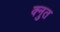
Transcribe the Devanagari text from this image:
क्नुत